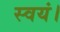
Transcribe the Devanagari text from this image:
स्वयं।